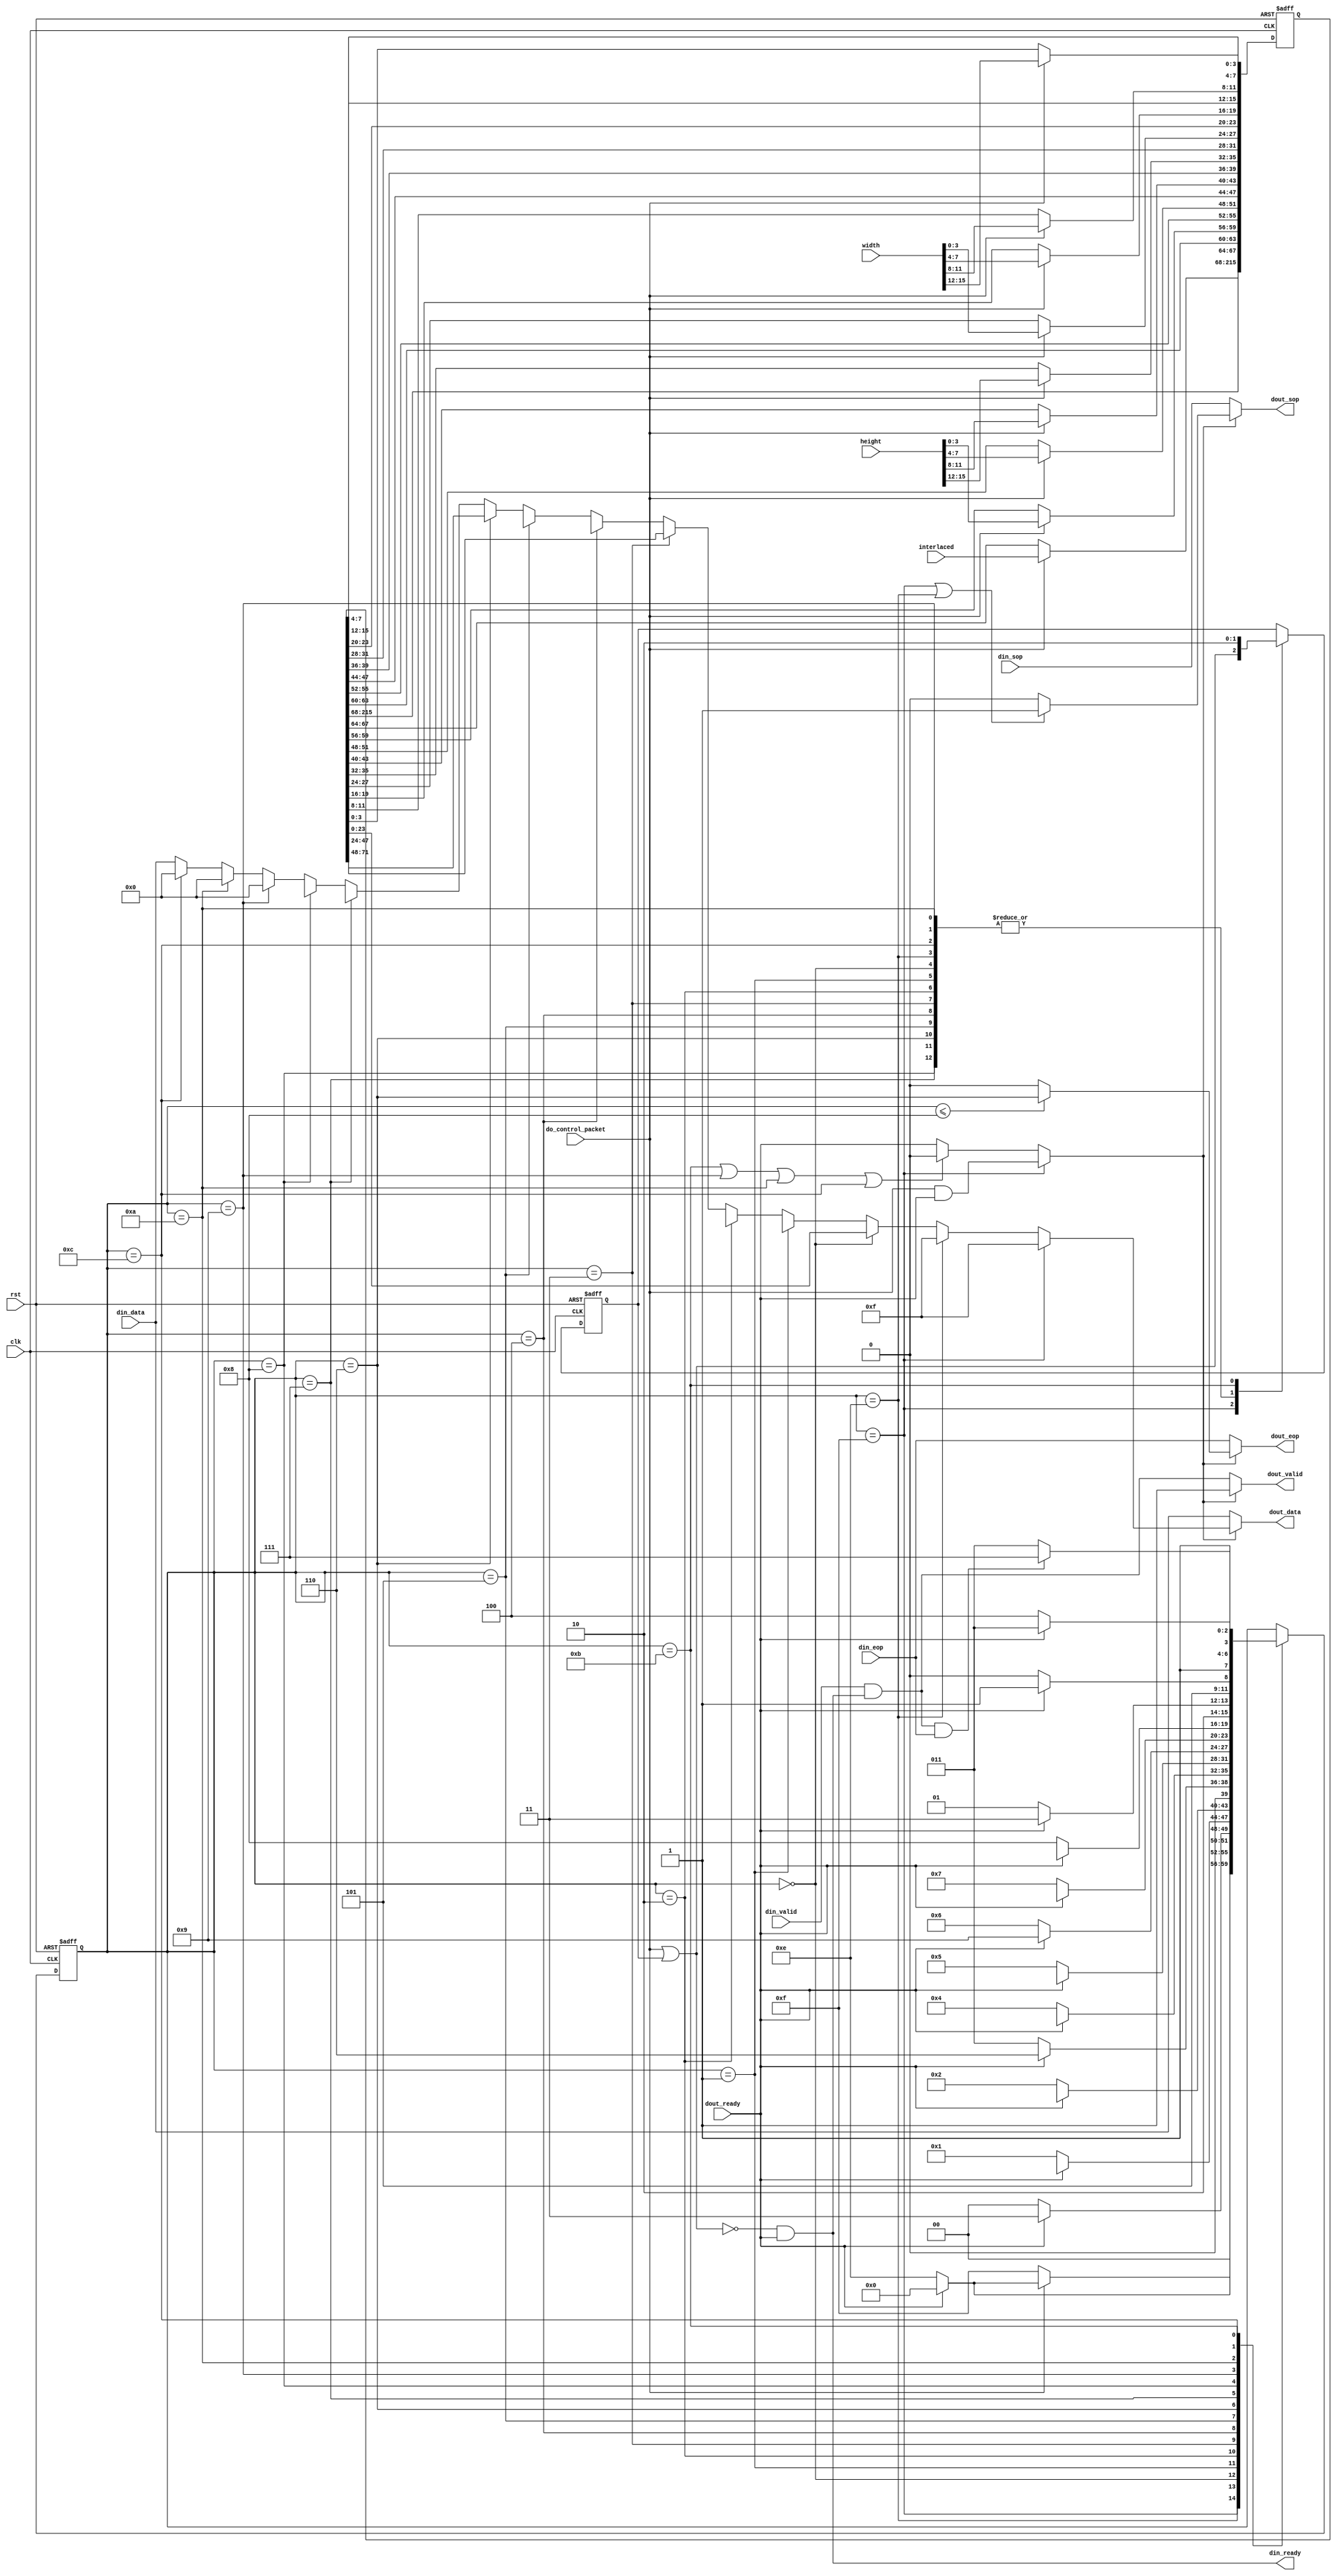
module alt_vipvfr130_vfr_control_packet_encoder

	#(parameter BITS_PER_SYMBOL = 8,
		parameter SYMBOLS_PER_BEAT = 3)
		
	(	input		clk,
		input		rst,
	
		// Avalon-ST sink interface (expect only video packets on this)
		output	din_ready,
		input		din_valid,
		input		[BITS_PER_SYMBOL * SYMBOLS_PER_BEAT - 1:0] din_data,
		input		din_sop,
		input		din_eop,
		
		// Avalon-ST source interface (external)
		input		dout_ready,
		output	dout_valid,
		output	dout_sop,
		output	dout_eop,
		output	[BITS_PER_SYMBOL * SYMBOLS_PER_BEAT - 1:0] dout_data,
		
		// control signals
		input 	do_control_packet,		
		input		[15:0] width,
		input		[15:0] height,
		input		[3:0] interlaced);
		
// FSM states
localparam [3:0] IDLE            = 4'd15;
localparam [3:0] WAITING         = 4'd14;
localparam [3:0] WIDTH_3         = 4'd0;
localparam [3:0] WIDTH_2         = 4'd1;
localparam [3:0] WIDTH_1         = 4'd2;
localparam [3:0] WIDTH_0         = 4'd3;
localparam [3:0] HEIGHT_3        = 4'd4;
localparam [3:0] HEIGHT_2        = 4'd5;
localparam [3:0] HEIGHT_1        = 4'd6;
localparam [3:0] HEIGHT_0        = 4'd7;
localparam [3:0] INTERLACING     = 4'd8;
localparam [3:0] DUMMY_STATE     = 4'd9;
localparam [3:0] DUMMY_STATE2    = 4'd10;
localparam [3:0] DUMMY_STATE3    = 4'd12;
localparam [3:0] WAIT_FOR_END    = 4'd11;

localparam PACKET_LENGTH = 10;

// internal signals
reg [3:0] state;

wire sop;
wire eop;
wire [BITS_PER_SYMBOL * SYMBOLS_PER_BEAT - 1:0] data;
wire control_valid;
reg writing_control;

reg [BITS_PER_SYMBOL * SYMBOLS_PER_BEAT * (PACKET_LENGTH - 1) - 1 : 0] control_data;
wire [3:0] control_header_state [PACKET_LENGTH - 2: 0];
wire [BITS_PER_SYMBOL * SYMBOLS_PER_BEAT - 1:0] control_header_data [(PACKET_LENGTH-2) : 0];

// register control data when do_control_packet is high
always @(posedge clk or posedge rst)
	if (rst) begin
		control_data <= {(BITS_PER_SYMBOL * SYMBOLS_PER_BEAT * (PACKET_LENGTH - 1)){1'b0}};
	end
	else if (do_control_packet) begin
		control_data [3: 0] <= width [15:12]; // w3
		control_data [BITS_PER_SYMBOL + 3: BITS_PER_SYMBOL] <= width [11:8]; // w2
		control_data [2 * BITS_PER_SYMBOL + 3: 2 * BITS_PER_SYMBOL] <= width [7:4]; // w1
		control_data [3 * BITS_PER_SYMBOL + 3: 3 * BITS_PER_SYMBOL] <= width [3:0]; // w0
		control_data [4 * BITS_PER_SYMBOL + 3: 4 * BITS_PER_SYMBOL] <= height[15:12]; // h3
		control_data [5 * BITS_PER_SYMBOL + 3: 5 * BITS_PER_SYMBOL] <= height [11:8]; // h2
		control_data [6 * BITS_PER_SYMBOL + 3: 6 * BITS_PER_SYMBOL] <= height [7:4]; // h1
		control_data [7 * BITS_PER_SYMBOL + 3: 7 * BITS_PER_SYMBOL] <= height [3:0]; // h0
		control_data [8 * BITS_PER_SYMBOL + 3: 8 * BITS_PER_SYMBOL] <= interlaced; // int
	end	

generate
	begin : generate_control_header
  	genvar symbol;
    for(symbol = 0; symbol < PACKET_LENGTH - 1; symbol = symbol + SYMBOLS_PER_BEAT) begin : control_header_states
			assign control_header_state [symbol] = symbol + SYMBOLS_PER_BEAT;
			assign control_header_data [symbol] = control_data [((symbol + SYMBOLS_PER_BEAT) * BITS_PER_SYMBOL - 1) : (symbol * BITS_PER_SYMBOL)];
		end
	end
endgenerate

// Finite State Machine to insert encoded VIP control packets into data stream
always @(posedge clk or posedge rst)
	if (rst) begin
		state <= IDLE;
		writing_control <= 1'b1;
	end
	else begin
		
		case (state)
			
			//waiting to be told to write control packet, at this point there will be no other packets coming through
			//so we can begin as soon as we are told
			IDLE :	begin
				state <= do_control_packet ? (~dout_ready) ? WAITING : WIDTH_3 : IDLE;
				writing_control <= do_control_packet | writing_control;
			end
			
			//waiting for the output to become ready
			WAITING :	begin
				state 			<= (dout_ready) ? WIDTH_3 : WAITING;
				writing_control <= 1'b1;
			end
			
			WIDTH_3				: begin 
				state				<= dout_ready ? control_header_state [0] : WIDTH_3;
				writing_control <= 1'b1;
			end
			
			WIDTH_2				: begin 
				state				<= dout_ready ? control_header_state [1] : WIDTH_2;
				writing_control <= 1'b1;
			end
			
			WIDTH_1				: begin 
				state				<= dout_ready ? control_header_state [2] : WIDTH_1;
				writing_control <= 1'b1;
			end
			
			WIDTH_0				: begin 
				state				<= dout_ready ? control_header_state [3] : WIDTH_0;
				writing_control <= 1'b1;
			end
			
			HEIGHT_3			: begin 
				state				<= dout_ready ? control_header_state [4] : HEIGHT_3;
				writing_control <= 1'b1;
			end
			
			HEIGHT_2			: begin 
				state				<= dout_ready ? control_header_state [5] : HEIGHT_2;
				writing_control <= 1'b1;
			end
			
			HEIGHT_1			: begin 
				state				<= dout_ready ? control_header_state [6] : HEIGHT_1;
				writing_control <= 1'b1;
			end
			
			HEIGHT_0			: begin 
				state				<= dout_ready ? control_header_state [7] : HEIGHT_0;
				writing_control <= 1'b1;
			end
			
			INTERLACING		: begin 
				state				<= dout_ready ? control_header_state [8] : INTERLACING;
				writing_control <= 1'b1;
			end
			
			DUMMY_STATE		: begin 
				state 			<= dout_ready ? WAIT_FOR_END : DUMMY_STATE;
				writing_control <= 1'b1;
			end
			
			DUMMY_STATE2	: begin 
				state 			<= dout_ready ? WAIT_FOR_END : DUMMY_STATE2;
				writing_control <= 1'b1;
			end
			
			DUMMY_STATE3	: begin 
				state 			<= dout_ready ? WAIT_FOR_END : DUMMY_STATE3;
				writing_control <= 1'b1;
			end
			
			WAIT_FOR_END	: begin // wait for current video packet to end before accepting another do_control_packet
				state <= (din_valid & din_ready & din_eop) ? IDLE : WAIT_FOR_END;
				writing_control <= 1'b0;
			end
		endcase
	end	
	
assign control_valid = (state == IDLE) ? (do_control_packet & dout_ready) :
											 (state == WAIT_FOR_END | state == DUMMY_STATE | state == DUMMY_STATE2 | state == DUMMY_STATE3) ? 1'b0 : dout_ready;
assign data = (state == IDLE) ? {{(BITS_PER_SYMBOL * SYMBOLS_PER_BEAT - 4) {1'b0}}, 4'hf} :
							(state == WAITING) ? {{(BITS_PER_SYMBOL * SYMBOLS_PER_BEAT - 4) {1'b0}}, 4'hf} :
							(state == WIDTH_3) ? control_header_data [0] :
							(state == WIDTH_2) ? control_header_data [1] :
							(state == WIDTH_1) ? control_header_data [2] :
							(state == WIDTH_0) ? control_header_data [3] :
							(state == HEIGHT_3) ? control_header_data [4] :
							(state == HEIGHT_2) ? control_header_data [5] :
							(state == HEIGHT_1) ? control_header_data [6] :
							(state == HEIGHT_0) ? control_header_data [7] :
							(state == INTERLACING) ? control_header_data [8] :
							(state == DUMMY_STATE) ? {{(BITS_PER_SYMBOL * SYMBOLS_PER_BEAT - 4) {1'b0}}, 4'h0} :
							(state == DUMMY_STATE2) ? {{(BITS_PER_SYMBOL * SYMBOLS_PER_BEAT - 4) {1'b0}}, 4'h0} :
							(state == DUMMY_STATE3) ? {{(BITS_PER_SYMBOL * SYMBOLS_PER_BEAT - 4) {1'b0}}, 4'h0} : din_data;
assign sop = ((state == IDLE) || (state == WAITING)) ? 1'b1 : 1'b0;
assign eop = (state <= INTERLACING) ? (state == ((PACKET_LENGTH-2)/SYMBOLS_PER_BEAT * SYMBOLS_PER_BEAT)) : 1'b0;						
				
// combinatorial assignments of Avalon-ST signals	

//ready will have to be low if we are writing a control packet
assign din_ready = ~(do_control_packet | writing_control) & dout_ready;

//this connection through is a RL 0 one with flow control so need to look at the readyin and validin
assign dout_valid = control_valid ? 1'b1 : din_valid & din_ready;

//we can pass the data straight through as it's RL0
assign dout_data = control_valid ? data : din_data;
assign dout_sop = control_valid ? sop : din_sop;
assign dout_eop = control_valid ? eop : din_eop;
	
endmodule